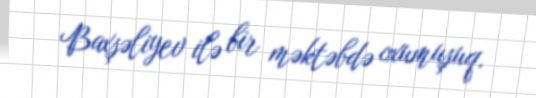
Baxşəliyev ilə bir məktəbdə oxumuşuq.